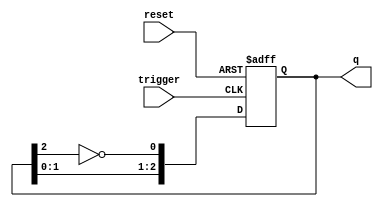
module async_johnson_counter (
    input wire reset,   // Asynchronous reset
    input wire trigger, // Trigger input for state transition
    output reg [2:0] q  // 3-bit output representing the current state
);

// Johnson counter implementation
always @(posedge trigger or posedge reset) begin
    if (reset) begin
        // Initialize the counter to 000 on reset
        q <= 3'b000;
    end else begin
        // Johnson counter state transition
        q[0] <= ~q[2]; // FF0 takes the inverted value of FF2
        q[1] <= q[0];  // FF1 takes the value of FF0
        q[2] <= q[1];  // FF2 takes the value of FF1
    end
end

endmodule